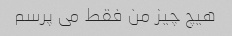
هیچ چیز من فقط می پرسم